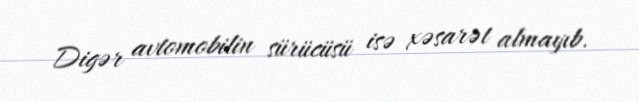
Digər avtomobilin sürücüsü isə xəsarət almayıb.